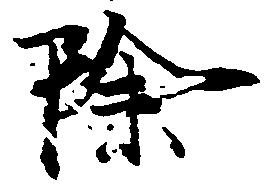
除